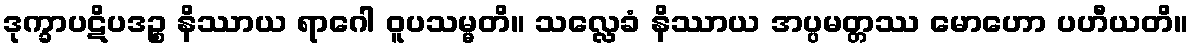
ဒုက္ခာပဋိပဒဉ္စ နိဿာယ ရာဂေါ ဝူပသမ္မတိ။ သလ္လေခံ နိဿာယ အပ္ပမတ္တဿ မောဟော ပဟီယတိ။